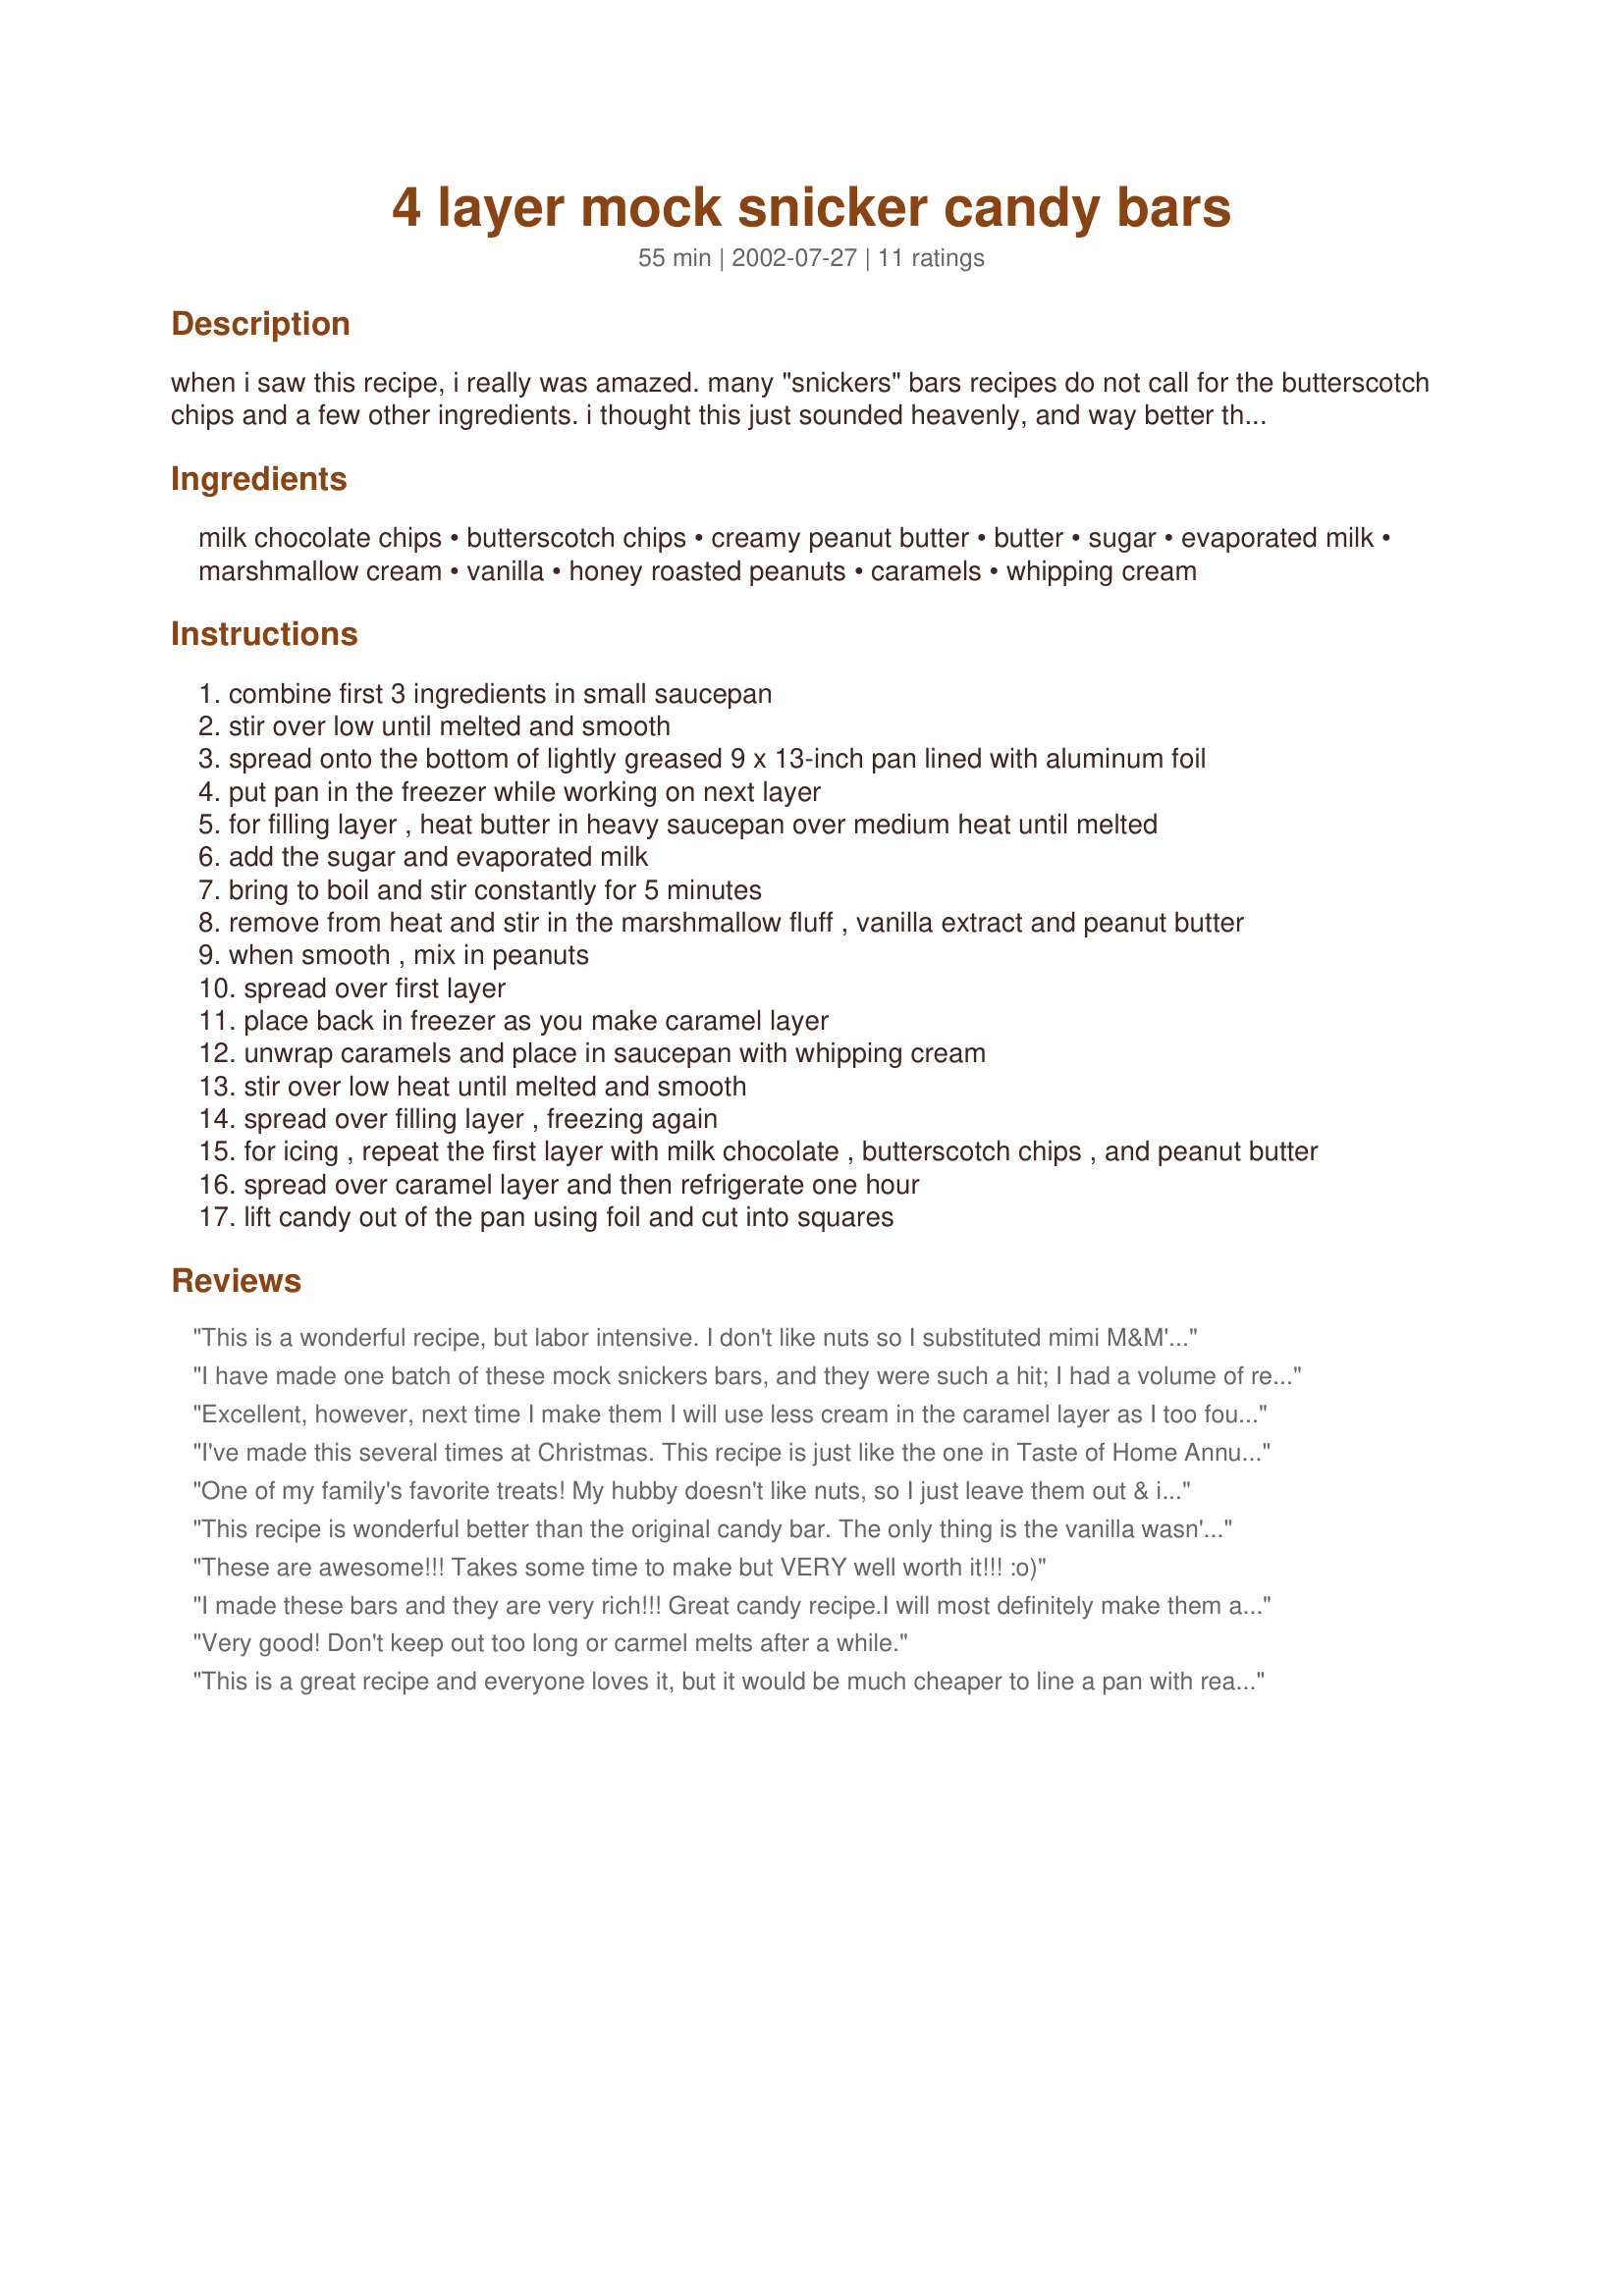
4 layer mock snicker candy bars
Preparation time: 55 minutes

when i saw this recipe, i really was amazed. many "snickers" bars recipes do not call for the butterscotch chips and a few other ingredients. i thought this just sounded heavenly, and way better than the snickers. i have not made them yet though, so please let me know what you think if you do!

Ingredients:
milk chocolate chips, butterscotch chips, creamy peanut butter, butter, sugar, evaporated milk, marshmallow cream, vanilla, honey roasted peanuts, caramels, whipping cream

Steps:
combine first 3 ingredients in small saucepan
stir over low until melted and smooth
spread onto the bottom of lightly greased 9 x 13-inch pan lined with aluminum foil
put pan in the freezer while working on next layer
for filling layer , heat butter in heavy saucepan over medium heat until melted
add the sugar and evaporated milk
bring to boil and stir constantly for 5 minutes
remove from heat and stir in the marshmallow fluff , vanilla extract and peanut butter
when smooth , mix in peanuts
spread over first layer
place back in freezer as you make caramel layer
unwrap caramels and place in saucepan with whipping cream
stir over low heat until melted and smooth
spread over filling layer , freezing again
for icing , repeat the first layer with milk chocolate , butterscotch chips , and peanut butter
spread over caramel layer and then refrigerate one hour
lift candy out of the pan using foil and cut into squares

Reviews:
This is a wonderful recipe, but labor intensive. I don't like nuts so I substituted mimi M&M's. Friends raved and asked for the recipe
I have made one batch of these mock snickers bars, and they were such a hit; I had a volume of requests, so I made a 2nd batch. I followed the recipe, but I gave a variation of my own and coated the bars in dipping chocolate. Delicious! :-)
Excellent, however, next time I make them I will use less cream in the caramel layer as I too found it slips apart.
I've made this several times at Christmas. This recipe is just like the one in Taste of Home Annual Recipe book 1999. It's amazing what people will pay for candy around the holidays! Great recipe.
One of my family's favorite treats! My hubby doesn't like nuts, so I just leave them out & it's still very good - I just call them Milky Way bars instead.
This recipe is wonderful better than the original candy bar. The only thing is the vanilla wasn't in the ingredients list for the filling but it was in the directions. I submitted the change. I also choose not to use the butterscotch chips instead I used Nestles Swirls the milk choc/caramel ones and it is absolutely marvelous!!! THanks for the recipe.
These are awesome!!! Takes some time to make but VERY well worth it!!! :o)
I made these bars and they are very rich!!! Great candy recipe.I will most definitely make them again. Very easy to make.
Very good! Don't keep out too long or carmel melts after a while.
This is a great recipe and everyone loves it, but it would be much cheaper to line a pan with real snickers bars because of the cost of ingredients. It's approximately $14 to make this recipe.
I haven't made these yet, but I ate them at a party and they are soooo good. Everyone thought they were wonderful. They taste just like a Snickers bar. I will definitely make these.
